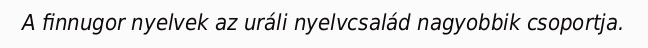
A finnugor nyelvek az uráli nyelvcsalád nagyobbik csoportja.